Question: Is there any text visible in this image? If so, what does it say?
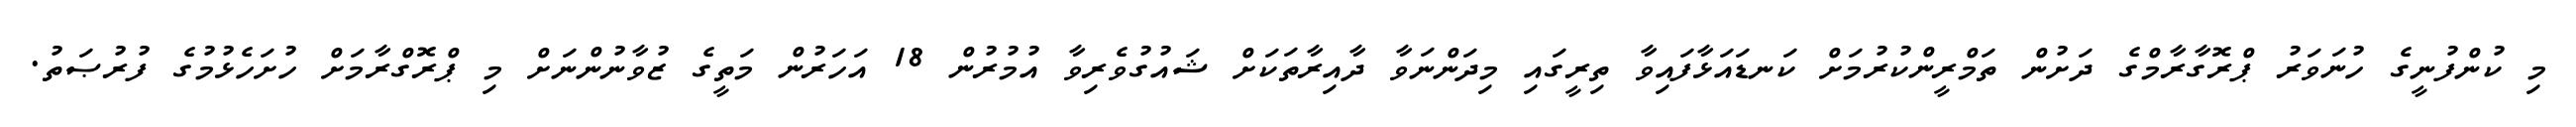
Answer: މި ކުންފުނީގެ ހުނަވަރު ޕްރޮގާރާމްގެ ދަށުން ތަމްރީންކުރުމަށް ކަނޑައަޅާފައިވާ ތިރީގައި މިދަންނަވާ ދާއިރާތަކަށް ޝައުގުވެރިވާ އުމުރުން 18 އަހަރުން މަތީގެ ޒުވާނުންނަށް މި ޕްރޮގްރާމަށް ހުށަހެޅުމުގެ ފުރުޞަތު.